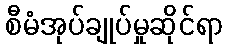
စီမံအုပ်ချုပ်မှုဆိုင်ရာ